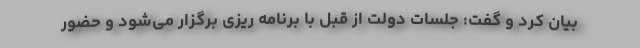
بیان کرد و گفت: جلسات دولت از قبل با برنامه ریزی برگزار می‌شود و حضور